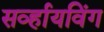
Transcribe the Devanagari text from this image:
सर्व्हायविंग